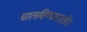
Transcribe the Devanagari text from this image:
चालविण्यासाठीच